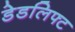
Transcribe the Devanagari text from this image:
डेडलिफ्ट